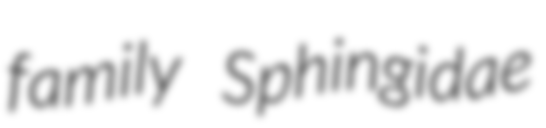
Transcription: family Sphingidae